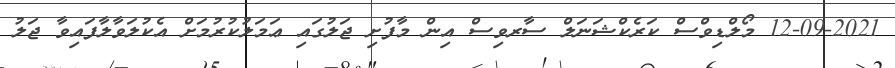
12-09-2021 މޯލްޑިވްސް ކަރެކްޝަނަލް ސާރވިސް އިން މާފުށި ޖަލުގައި ޢަމަލުކުރުމަށް އެކުލަވާލާފައިވާ ޖަލު